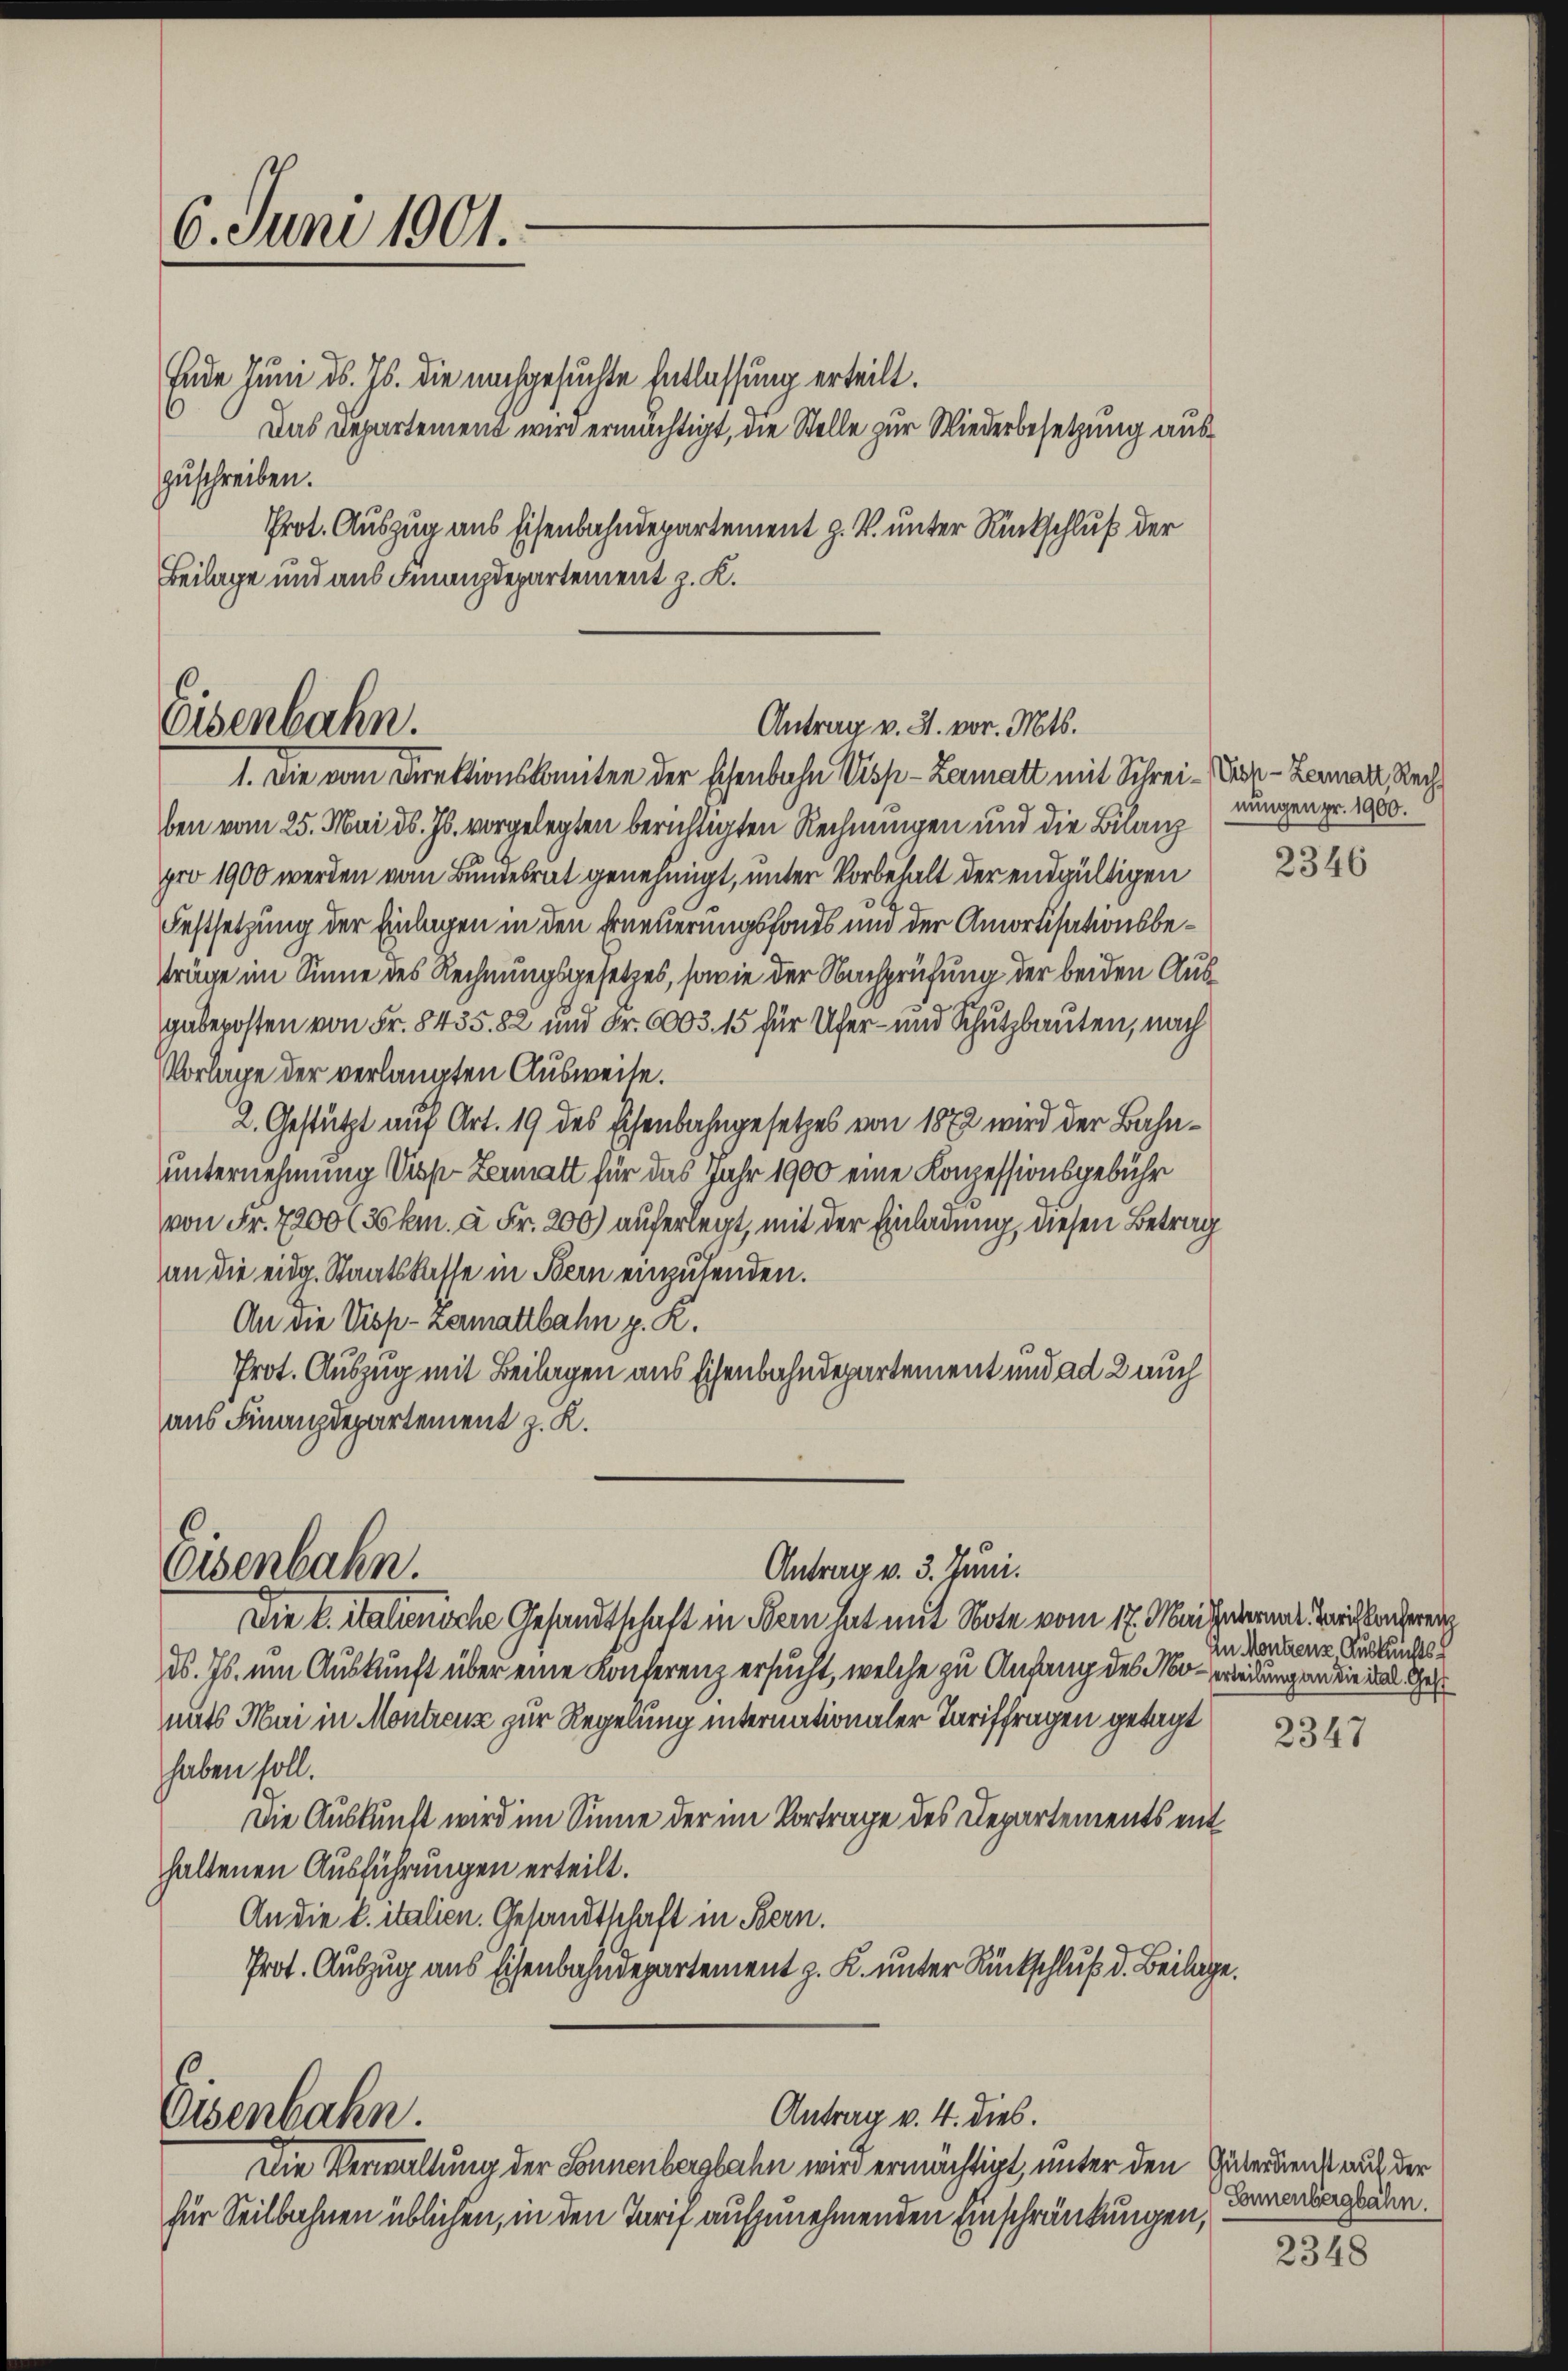
6. Juni 1901.

Ende Juni d. Js. die nachgesuchte Entlassung erteilt.
Das Departement wird ermächtigt, die Stelle zur Wiederbesetzung auszuschreiben.
Prot. Auszug aus Eisenbahndepartement z. B. unter Rückschluß der
Beilage und aus Finanzdepartement z. K.

Eisenbahn.
Antrag v. J. vor. Mts.
1. Die vom Direktionskomitee der schenbahn Visp-Lamatt mit Schrei-Kis-Lenart, Rech

Eisenbahn.

Antrag v. 4. dies.

ben vom 25. Mai d. Js. vorgelegten berichtigten Rechnungen und die Bilanz
pro 1900 werden vom Bundesrat genehmigt, unter Vorbehalt der endgültigen
Festsetzung der Einlagen in den Erneuerungsfonds und der Amortisationsbeträge im Sinne des Rechnungsgesetzes, sowie der Nachprüfung der beiden Ausgabeposten von Fr. 8435. 82 und Fr. 6003. 15 für Ufer- und Schutzbauten, nach
Vorlage der verlangten Ausweise.
2. Gestützt auf Art. 19 des schenbahngesetzes von 1872 wird der Bahnunternehmung Visp Zermatt für das Jahr 1900 eine Konzessionsgebühr
von Fr. 7200 (km. à Fr. 200) auferlegt, mit der Einladung, diesen Betrag
an die eidg. Staatskasse in Bern einzusenden.
An die Visp-Zermattbahn z. R.
Prot. Auszug mit Beilagen aus Eisenbahndepartement und ad 2 auch
aus Finanzdepartement z. K.
Eisenbahn.
Antrag v. 3. Juni.
Die k. Italienische Gesandtschaft in Form hat mit Note vom 17. Mair darant Bickenderen
ds. Js. um Auskunft über eine Konferenz ersucht, welche zu Anfang des Mo-wedungen die das Gese
mats Mai in Montreuse zur Regelung internationaler Tariffragen getagt
haben soll.
Die Auskunft wird im Sinne der im Vortrage des Departements enthaltenen Ausführungen erteilt.
An die l. italien. Gesandtschaft in Bern.
Prot. Auszug aus Eisenbahndepartement z. K. unter Rückschluß d. Beilage.

Die Verwaltung der Sonnenbergbahn wird ermächtigt, unter den Güterrent auf der
für Seilbahnen üblichen, in den Tarif aufzunehmenden Einschränkungen,

nungen pr. 1900.

2346

An Montenz Auskunfts

2347

Sonnenbergbahn.

2348